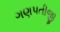
ગણપતીજી